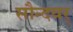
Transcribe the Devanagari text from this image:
सौन्दयर्